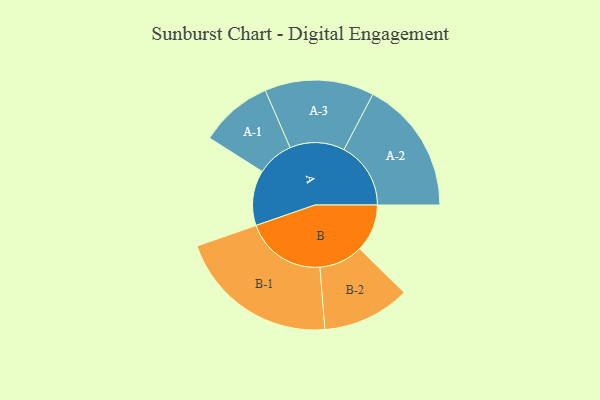
{"axis": {"x": "Segment", "y": "Value"}, "legend": ["", "A", "B"], "data": [{"x": "A", "y": 195, "type": ""}, {"x": "B", "y": 168, "type": ""}, {"x": "A-1", "y": 129, "type": "A"}, {"x": "A-2", "y": 236, "type": "A"}, {"x": "A-3", "y": 193, "type": "A"}, {"x": "B-1", "y": 285, "type": "B"}, {"x": "B-2", "y": 155, "type": "B"}]}